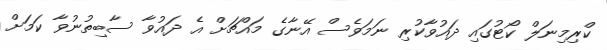
ކްރިމިނަލް ކޯޓުގައި ދައުވާކުރި ނަމަވެސް އޭނާގެ މައްޗަށް އެ ދައުވާ ސާބިތުނުވާ ކަމަށް